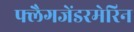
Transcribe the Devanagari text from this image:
फ्लैगजेंडरमेरिन